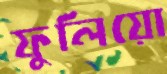
ফুলিয়ো